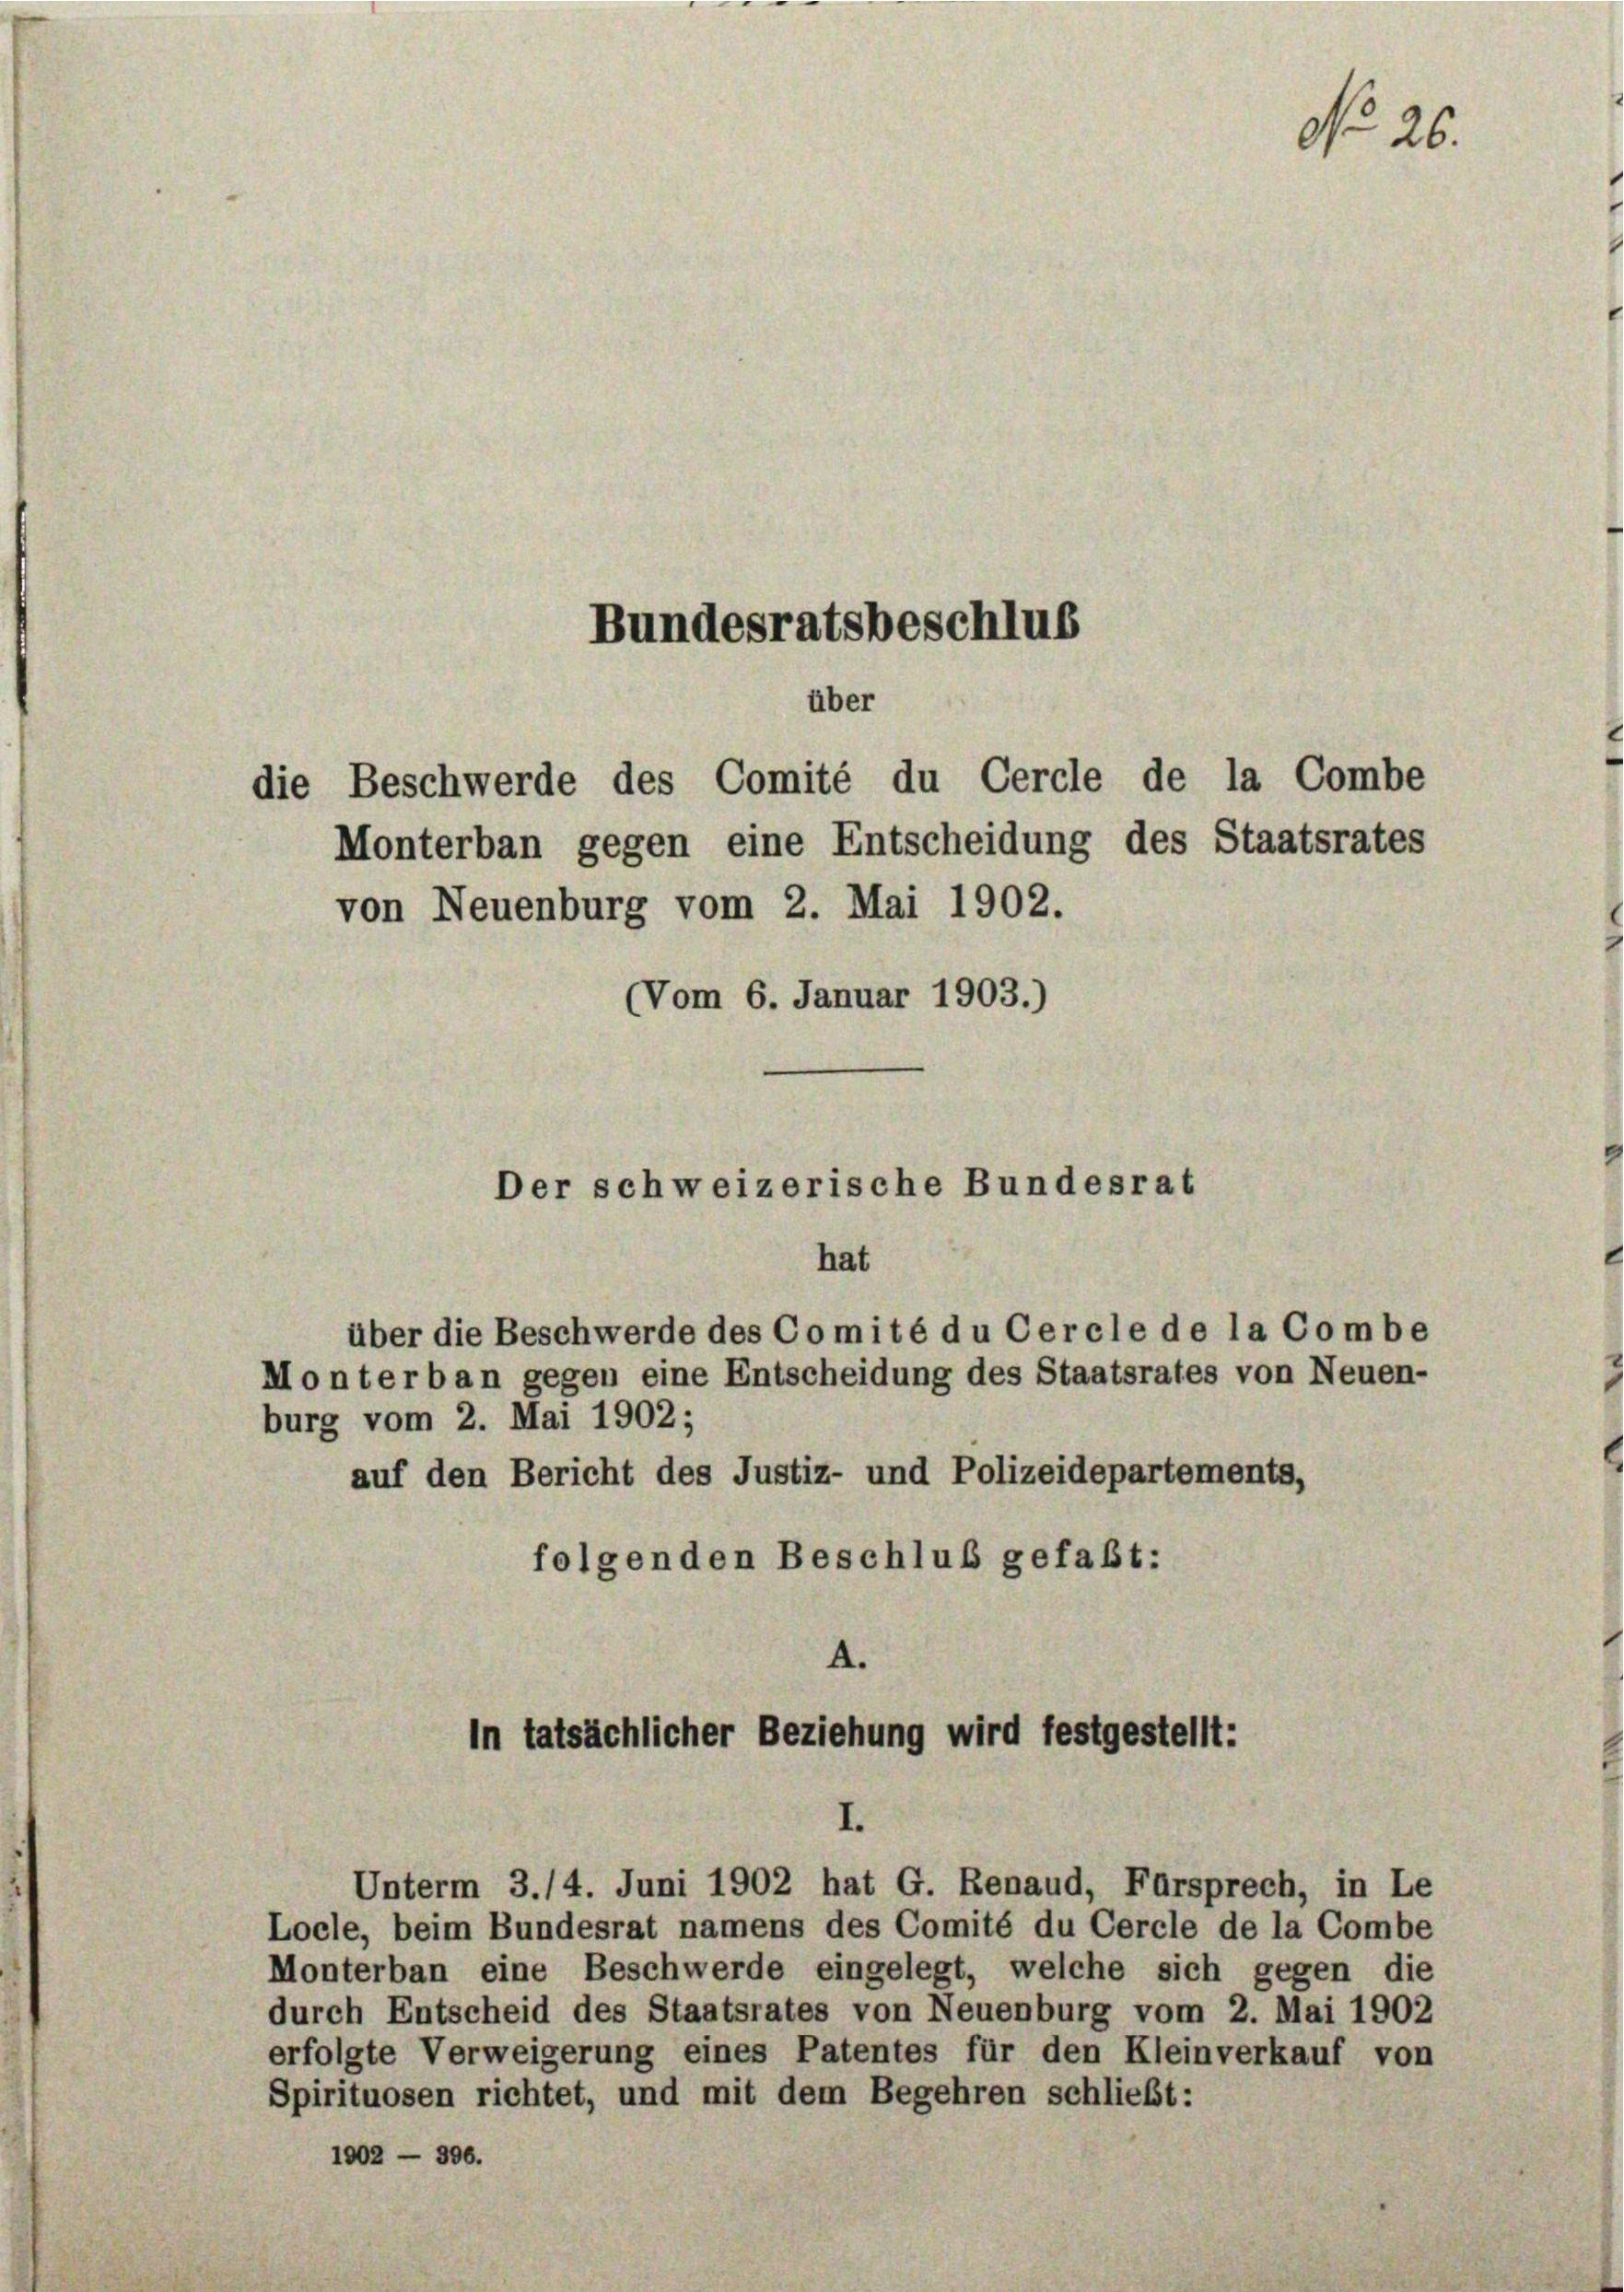
Bundesratsbeschlus
über
die Beschwerde des Comité du Cercle de la Combe
Monterban gegen eine Entscheidung des Staatsrates

von Neuenburg vom 2. Mai 1902.
(Vom 6. Januar 1903.)
Der schweizerische Bundesrat
hat
über die Beschwerde des Comité du Cercle de la Combe
Monterban gegen eine Entscheidung des Staatsrates von Neuen-
burg vom 2. Mai 1902;
auf den Bericht des Justiz- und Polizeidepartements,
folgenden Beschluß gefaßt:

A.
In tatsächlicher Beziehung wird festgestellt:
I.
Unterm 3./4. Juni 1902 hat G. Renaud, Fürsprech, in Le

Locle, beim Bundesrat namens des Comité du Cercle de la Combe
Monterban eine Beschwerde eingelegt, welche sich gegen die
durch Entscheid des Staatsrates von Neuenburg vom 2. Mai 1902
erfolgte Verweigerung eines Patentes für den Kleinverkauf von
Spirituosen richtet, und mit dem Begehren schließt:
1902 — 306.

No 26.